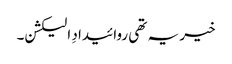
خیر یہ تھی روائیدادِ الیکشن۔